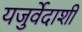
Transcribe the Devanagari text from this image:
यजुर्वेदाशी